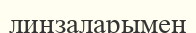
линзаларымен